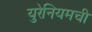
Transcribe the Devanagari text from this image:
युरेनियमची